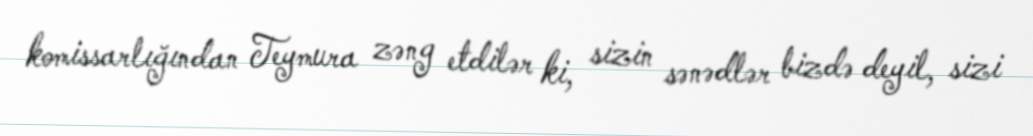
komissarlığından Teymura zəng etdilər ki, sizin sənədlər bizdə deyil, sizi